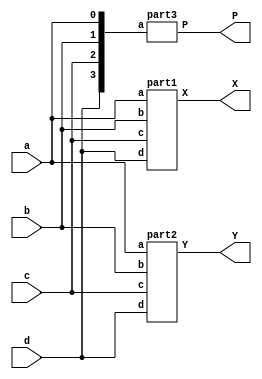
/*module lab2(a, b, c, d, X, sel);
    input a, b, c, d, sel;
    output X;
	 wire p2, p3;
    part2 mod2(a, b, c, d, p2);
    part3 mod3({d, c, b, a}, p3);
	 assign X = sel ? p3 : p2; 
endmodule*/

module lab2(a, b, c, d, X, Y, P);
    input a, b, c, d;
    output X, Y, P;
    part1 mod1(a, b, c, d, X);
    part2 mod2(a, b, c, d, Y);
    part3 mod3({d, c, b, a}, P);    
endmodule

module part1(a, b, c, d, X);
    input a, b, c, d;
    output X;
    supply1 X;
endmodule

// Y = (a  b)  (a  c  d)  (b  d)
module part2(a, b, c, d, Y);
    input a, b, c, d;
    output Y;
    wire x1, x2, x3;
    nand n1(x1, a, ~b);
    nand n2(x2, a, c, ~d);
    nand n3(x3, ~b, ~d);
    nand n4(Y, x1, x2, x3);
endmodule

// P = (a  b  c)  (a  c  d)  (b  c  d)  (b  c  d)
module part3(a, P);
    input [3:0] a;
    output P;
    wire [3:0] x;
    nand n1(x[0],~a[0],~a[1], a[2]);    
    nand n2(x[1],~a[0], a[2], a[3]);    
    nand n3(x[2], a[1],~a[2], a[3]);
	 nand n4(x[3],~a[1], a[2], a[3]);
    assign P = ~&x;
endmodule